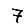
Digit: 7